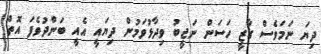
ދިޔަ ނަމަވެސް ގާޒީ ހަސަން ނަޖީބު ވިދާޅުވަމުން ދިޔައީ އެއީ ބަންދުވެފަ އޮތް